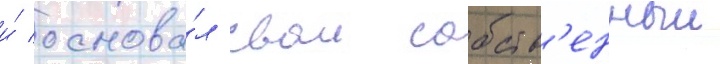
и́ основа́л свои собств'енныи